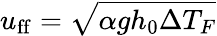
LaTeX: u_{\mathrm{ff}}=\sqrt{\alpha gh_{0}\Delta T_{F}}